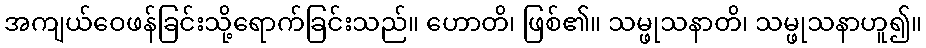
အကျယ်ဝေဖန်ခြင်းသို့ရောက်ခြင်းသည်။ ဟောတိ၊ ဖြစ်၏။ သမ္ဖုသနာတိ၊ သမ္ဖုသနာဟူ၍။